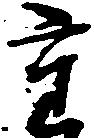
た